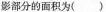
影部分的面积为()